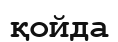
қойда